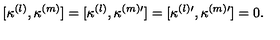
[ \kappa ^ { ( l ) } , \kappa ^ { ( m ) } ] = [ \kappa ^ { ( l ) } , \kappa ^ { ( m ) \prime } ] = [ \kappa ^ { ( l ) \prime } , \kappa ^ { ( m ) \prime } ] = 0 .